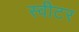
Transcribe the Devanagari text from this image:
स्वीटर